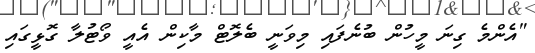
"އެންމެ ގިނަ މީހުން ބުނެފައި މިވަނީ ބެލޮޓް މާކިން އެއީ ވޯޓުލާ ގޮޅީގައި